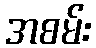
အစမ်း